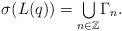
LaTeX: \begin{align*}\sigma(L(q))={\textstyle\bigcup\limits_{n\in\mathbb{Z}}}\Gamma_{n}.\end{align*}